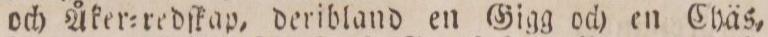
och Åker=redſkap, deribland en Gigg och en Chäs,